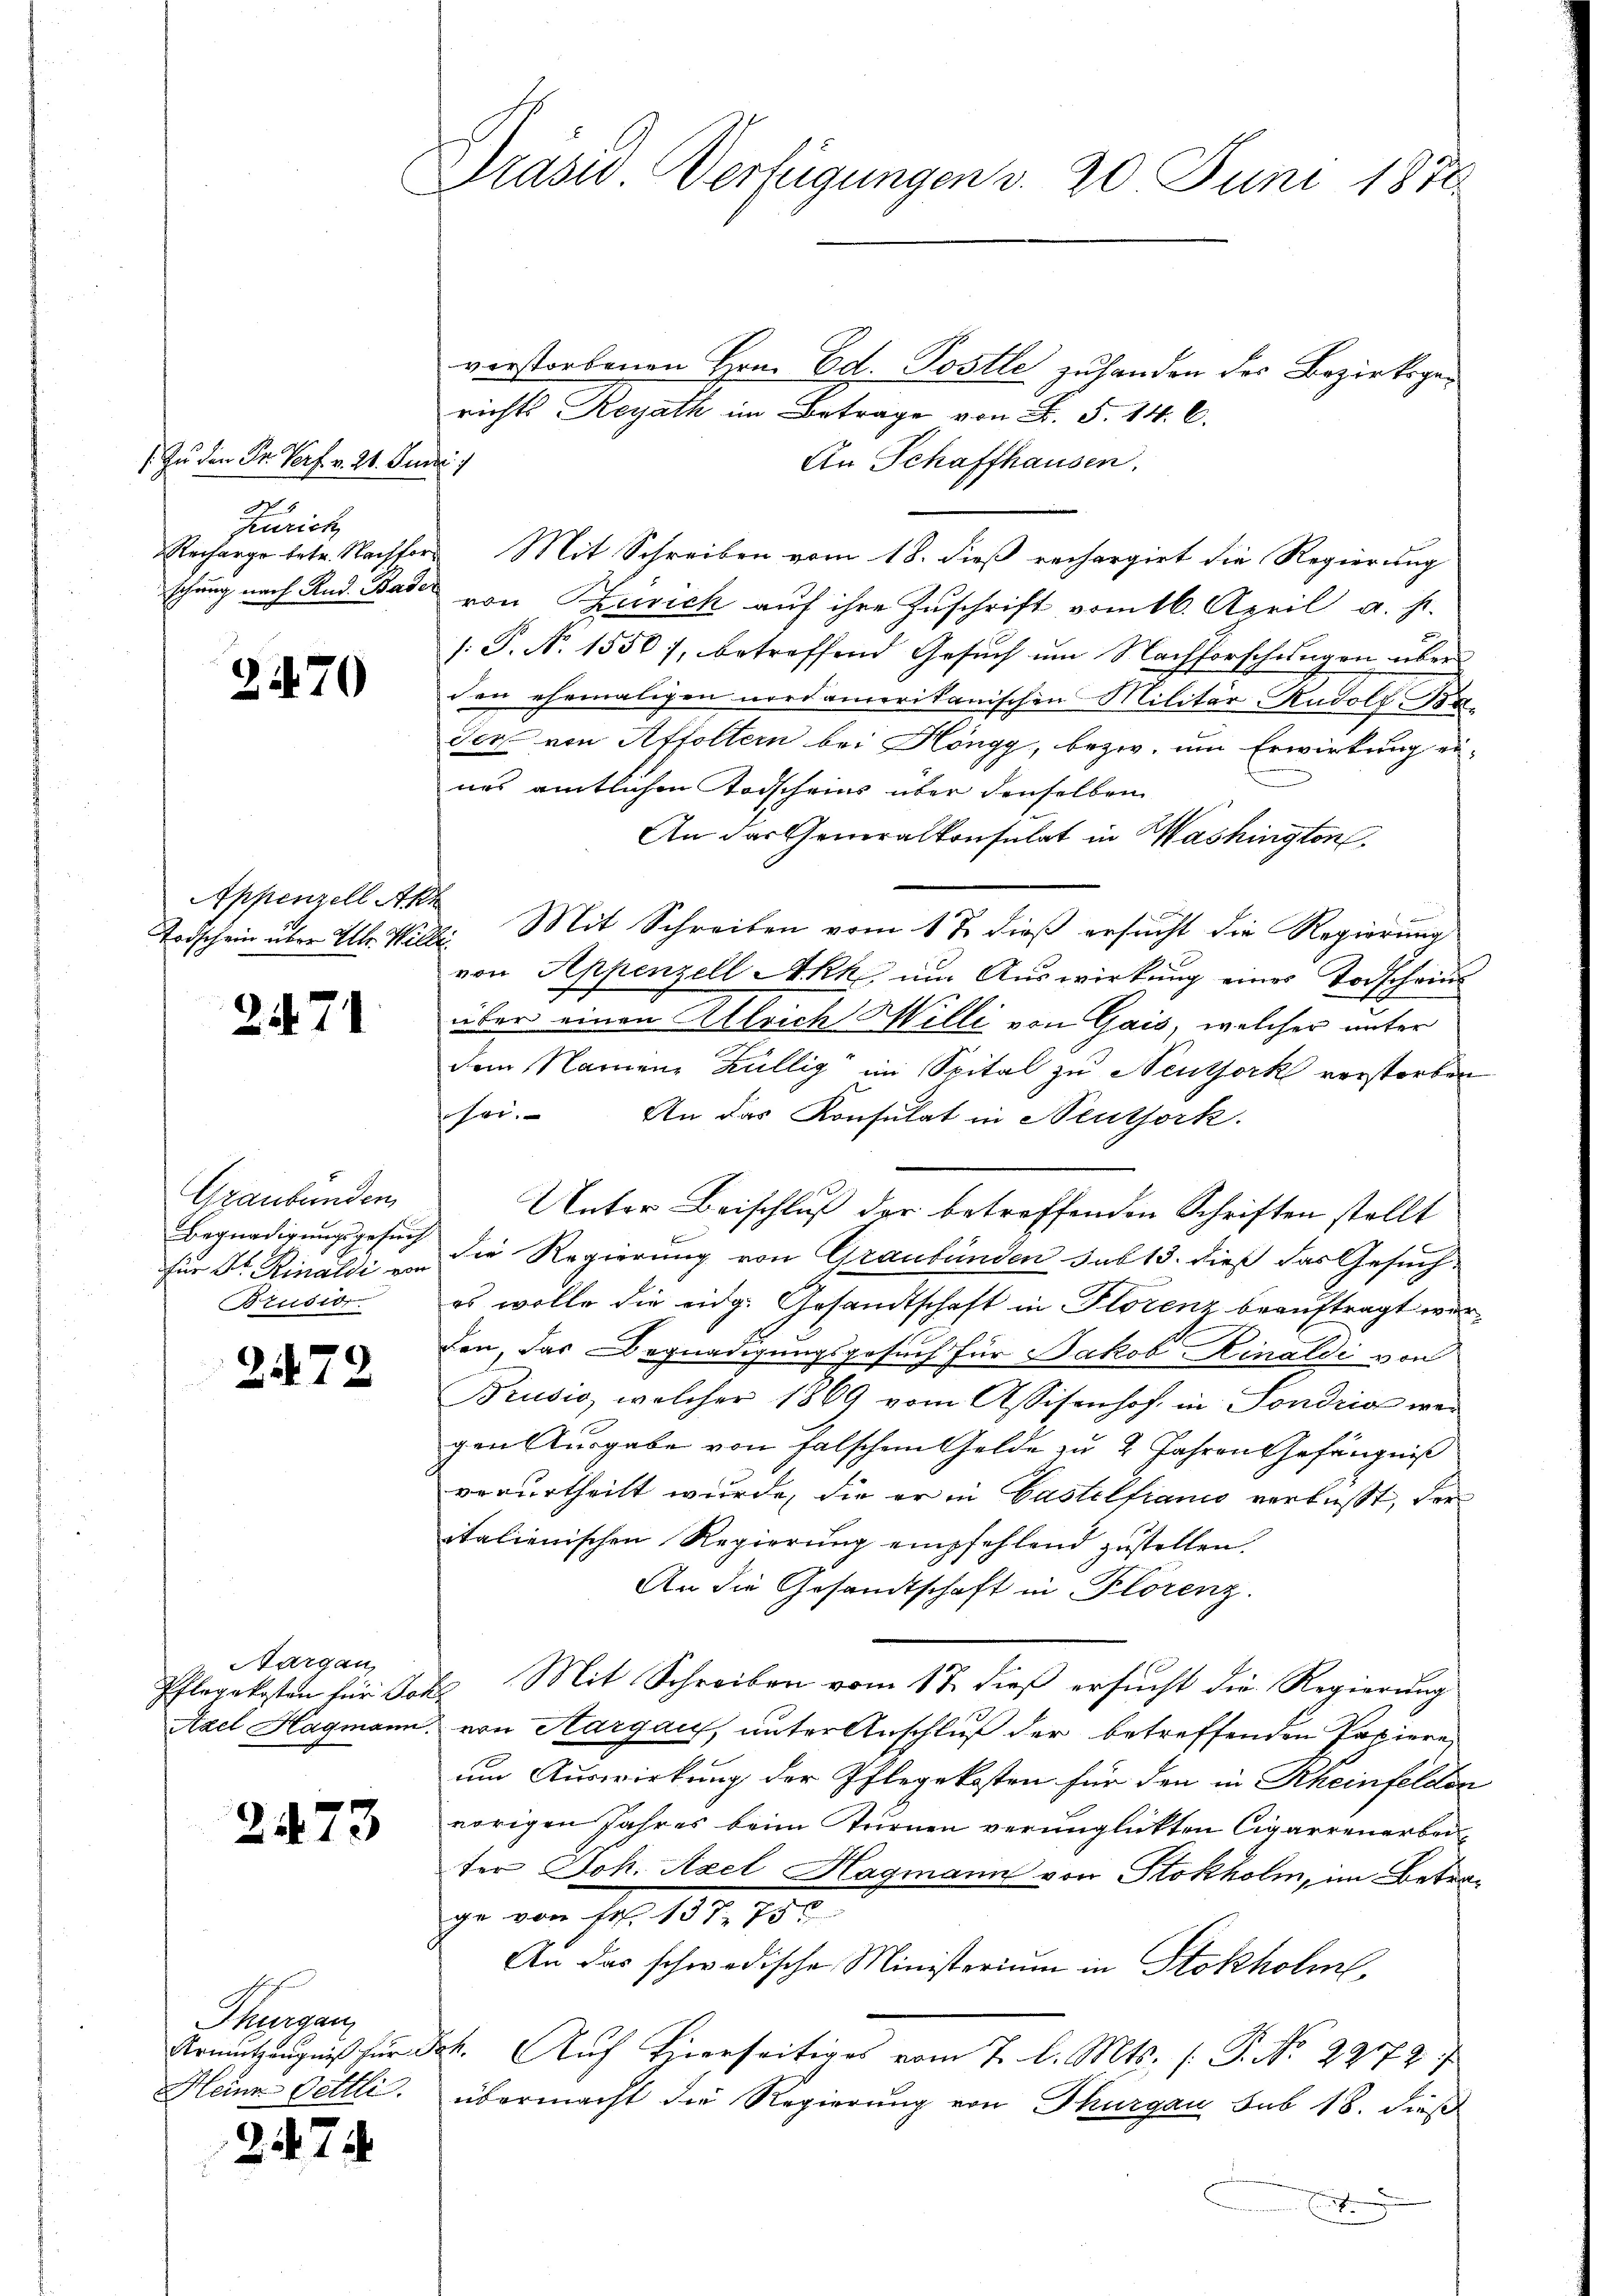
/ zu den Dr. Verf. v. 21. Junii 1
A
Zürich
Recharge betr. Nachforschung nach Rud. Bader

2470

Appenzell Akt
Todschein über Mlle. Wille

2471

Graubünden
Begnadigungsgesuch
für Dr. Rinaldi von
Brusio.

2472

Aargau,
Pflegekosten für Joh.
Axel Hagmann.

2473

Thurgau
Krantzeugniß für
Heine Oettli.

247.

rasw. Verfügungen v. 20 Juni 1878

verstorbenen Hrn. Ed. Postle zu handen des Bezirksgerichts Reyath im Betrage von F. S. 14. C.
An Schaffhausen.
Mit Schreiben vom 18. dieß rechargirt die Regierung
von Zusich auf ihre Zuschrift vom 16. April a. p.
s: P. N. 1550), betreffend Gesuch um Nachforschungen über
den ehemaligen nordamerikanischen Militär-Rudolf Ba¬
Ser von Affoltern bei Höngg, bezw. um Erwirkung eines amtlichen Todscheins über denselben
An das Generalkonsulat in Washington
2. Mit Schreiben vom 1 t dieß ersucht die Regierung
von Appenzell Akk um Auswirkung eines Todschein
über einen Allrich Willi von Gais, welcher unter
dem Namene Züllig im Spital zu Neuthork verstorben
sei.
An das Konsulat in Neuthork.
Unter Beischluß der betreffenden Schriften stellt
die Regierung von Graubünden sub 13. dieß das Gesuch-
es wolle die eng. Gesandtschaft in Florenz beauftragt worden das Begnadigungsgesuch für Jakob Kinaldi von
Bruswo, welcher 1869 vom Assisenhof in Sondria wei
gen Ausgabe von falschem Gelde zu 2 Jahren Gefängniß
verurtheilt wurde, die er in Castelfranco verfaßt, der
italienischen Regierung empfehlend zustellen.
An die Gesandtschaft in Florenz.
Mit Schreiben vom 17. dieß ersucht die Regierung
von Aargaus, unter Anschluß der betreffenden Papiere
um Auswirkung der Pflegekosten für den in Rheinfelden
vorigen Jahres beim Sturnen verunglickten Cigarrenarbeiter Joh. Axel Hagmann von Stokholm, im Betrage von Fr. 137. 75.
An das schwedische Ministerium in Stokholm,
44. Auf Hierseitiges vom 7. d. Mts. (T. No. 2272
übermacht die Regierung von Thurgau sub 18. dieß
E